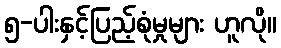
၅-ပါးနှင့်ပြည့်စုံမှုများ ဟူလို။